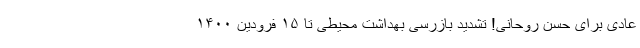
عادی برای حسن روحانی! تشدید بازرسی‌ بهداشت محیطی تا ۱۵ فرودین ۱۴۰۰